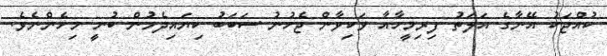
ކުއްޖަކު އޭނާގެ އަލަތު ފިރިމީހާއާ ވަކިވާން ޖެހުނު ސަބަބު ކިޔައިދެމުން ބުނީ މިހެންނެވެ.